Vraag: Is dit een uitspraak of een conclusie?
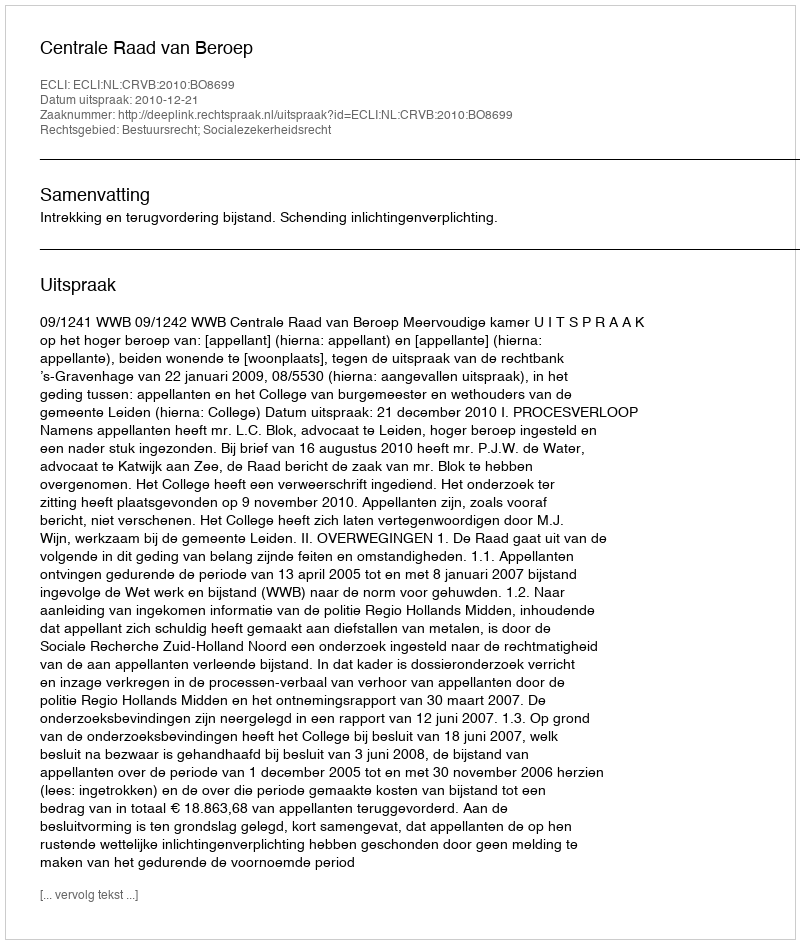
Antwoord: Uitspraak